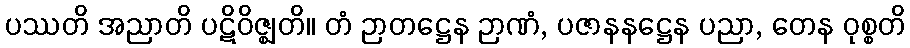
ပဿတိ အညာတိ ပဋိဝိဇ္ဈတိ။ တံ ဉာတဋ္ဌေန ဉာဏံ, ပဇာနနဋ္ဌေန ပညာ, တေန ဝုစ္စတိ